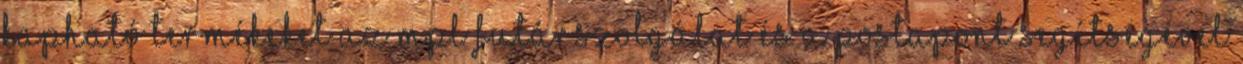
kapható termékeket az MPL futárszolgálat és a PostaPont segítségével